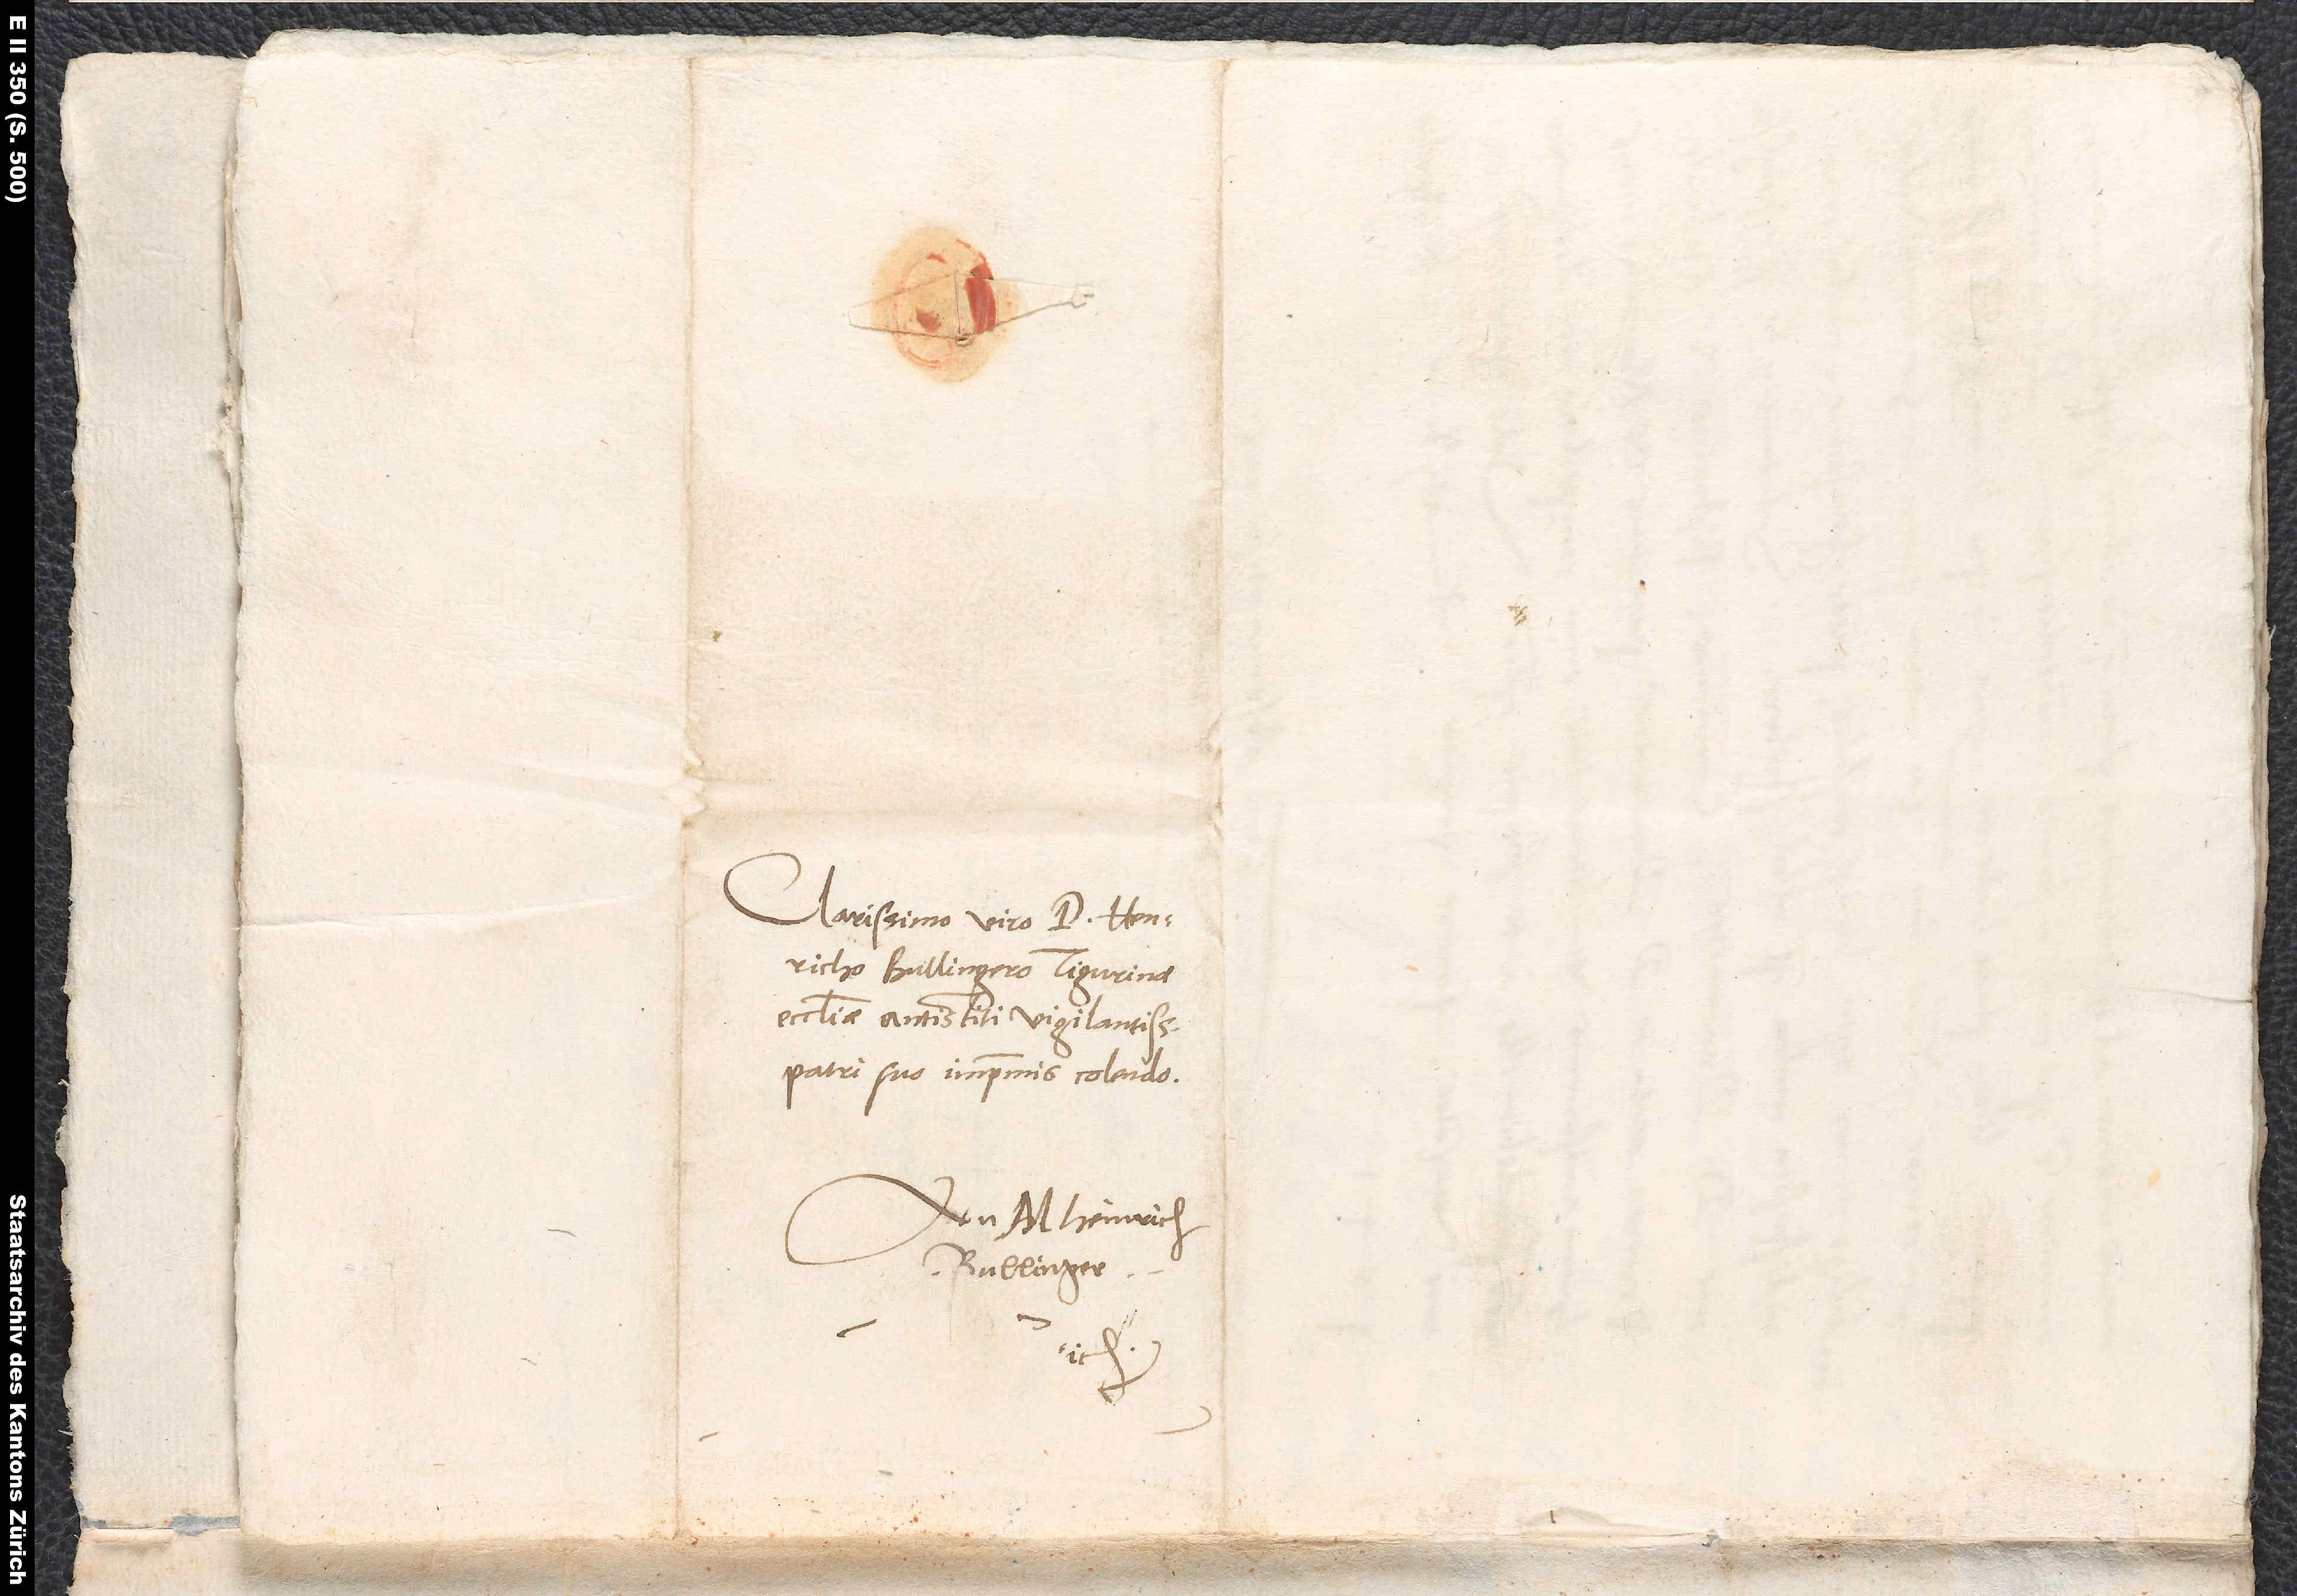
Clarissimo viro d. Henricho
Bullingero, Tigurinae
ecclesiae antistiti vigilantissimo,
patri suo imprimis colendo.
Bullinger.
ich.